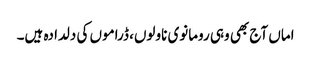
اماں آج بھی وہی رومانوی ناولوں، ڈراموں کی دلدادہ ہیں۔